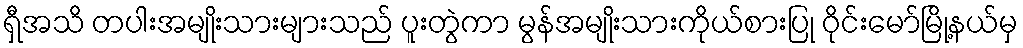
ရှီအသိ တပါးအမျိုးသားများသည် ပူးတွဲကာ မွန်အမျိုးသားကိုယ်စားပြု ဝိုင်းမော်မြို့နယ်မှ